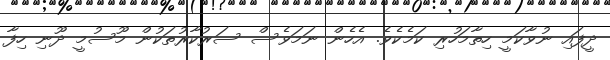
ދީފައި ނުވާކަމީ ހިތާމަހުރި ކަމެކެވެ. އެހެން ނަމަވެސް ސަރުކާރުތަކުން މޫސުމީ ދޫނި ހިފާ